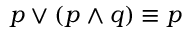
p \vee ( p \wedge q ) \equiv p